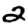
Digit: 2